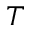
T